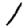
Digit: 1